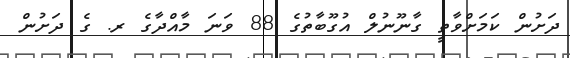
ދަށުން ކަމަށްވާތީ ގާނޫނުލް އުގޫބާތުގެ 88 ވަނަ މާއްދާގެ ރ. ގެ ދަށުން